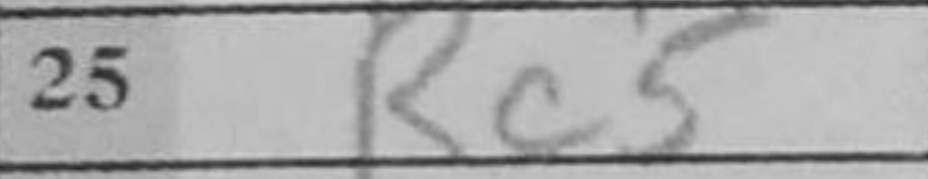
Transcription: Rc5